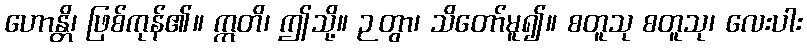
ဟောန္တိ၊ ဖြစ်ကုန်၏။ ဣတိ၊ ဤသို့။ ဉတွာ၊ သိတော်မူ၍။ စတူသု စတူသု၊ လေးပါး